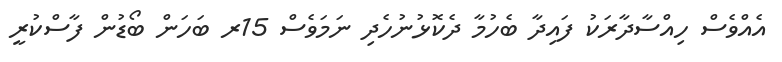
އެއްވެސް ހިއްސާދާރަކު ފައިދާ ބެހުމާ ދެކޮޅުނުހެދި ނަމަވެސް 15ރ ބަހަން ބޯޑުން ފާސްކުރީ